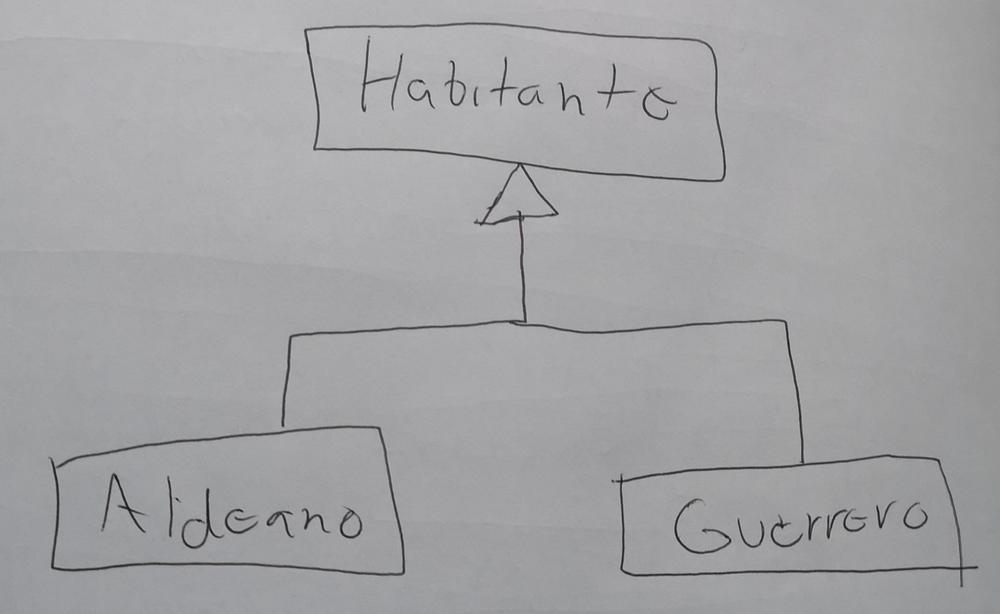
Diagram type: class_diagram
```plantuml
@startuml

skinparam groupInheritance 2

class Habitanto
class Aldeano extends Habitanto
class Guerrero extends Habitanto

@enduml
```